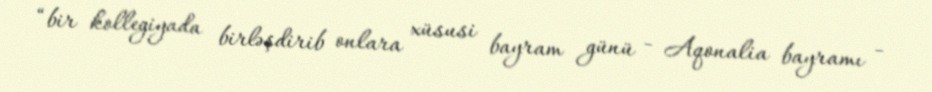
“bir kollegiyada birləşdirib onlara xüsusi bayram günü - Aqonalia bayramı -